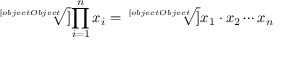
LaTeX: { \sqrt [ [object Object] ] { \prod _ { i = 1 } ^ { n } x _ { i } } } = { \sqrt [ [object Object] ] { x _ { 1 } \cdot x _ { 2 } \dotsb x _ { n } } }